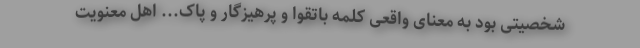
شخصیتی بود به معنای واقعی کلمه باتقوا و پرهیزگار و پاک... اهل معنویت